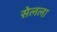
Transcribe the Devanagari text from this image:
सेलला